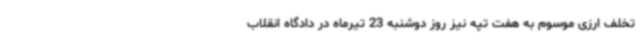
تخلف ارزی موسوم به هفت تپه نیز روز دوشنبه 23 تیرماه در دادگاه انقلاب